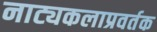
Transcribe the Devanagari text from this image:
नाट्यकलाप्रवर्तक